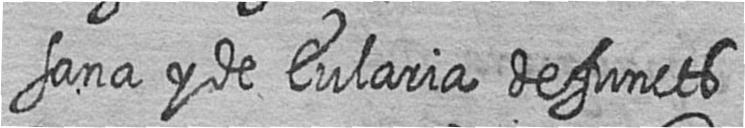
sana y de Eularia defuncts